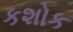
કશોક